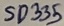
Text: SD335